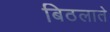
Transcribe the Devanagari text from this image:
बिठलाते